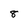
Character: 8